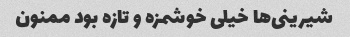
شیرینی‌ها خیلی خوشمزه و تازه بود ممنون